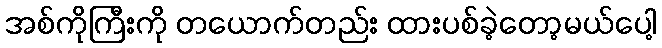
အစ်ကိုကြီးကို တယောက်တည်း ထားပစ်ခဲ့တော့မယ်ပေါ့